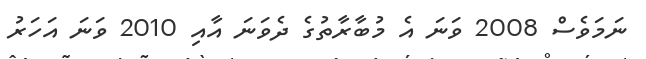
ނަމަވެސް 2008 ވަނަ އެ މުބާރާތުގެ ދެވަނަ އާއި 2010 ވަނަ އަހަރު